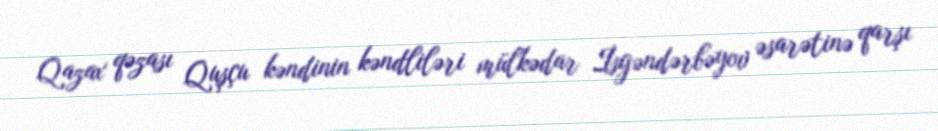
Qazax qəzası Quşçu kəndinin kəndliləri mülkədar İsgəndərbəyov əsarətinə qarşı